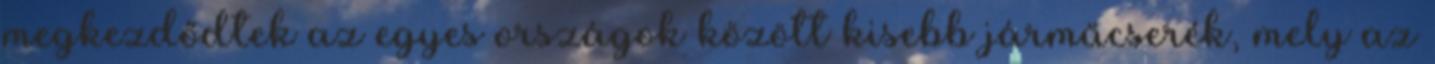
megkezdődtek az egyes országok között kisebb járműcserék, mely az